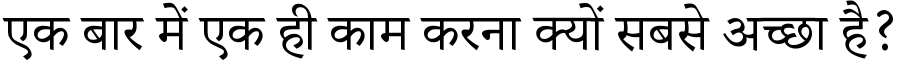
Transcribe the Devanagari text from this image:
एक बार में एक ही काम करना क्यों सबसे अच्छा है?